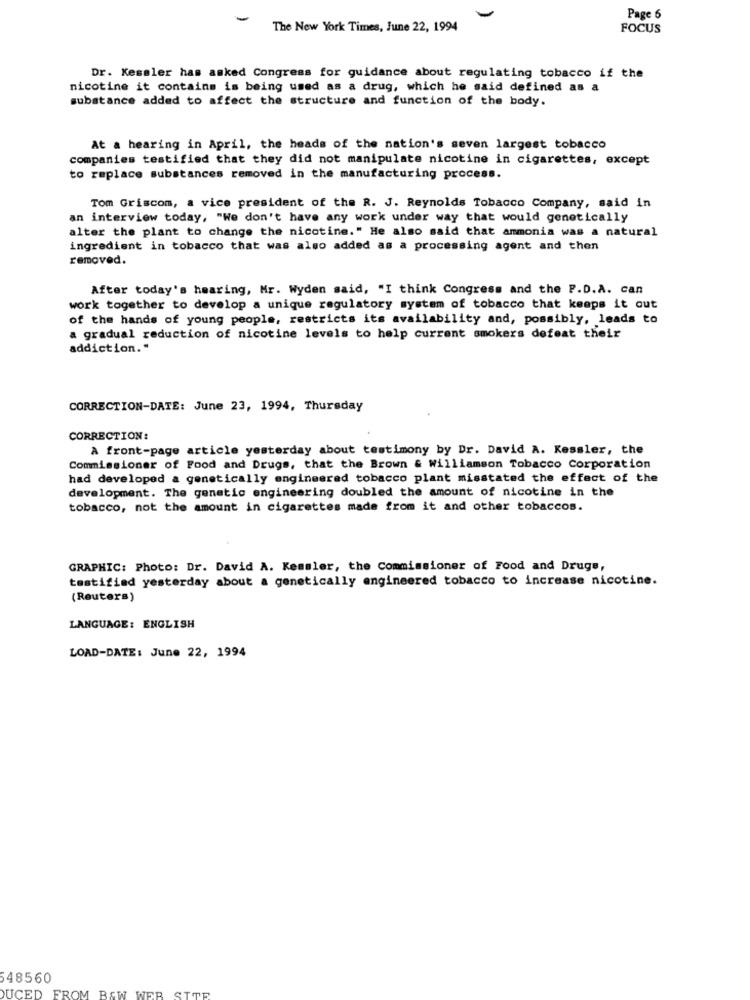
-
Page 6
The New York Times, June 22, 1994
FOCUS
Dr. Kessler has asked Congress for guidance about regulating tobacco if the
nicotine it contains is being used as a drug, which he said defined as a
substance added to affect the structure and function of the body.
At a hearing in April, the heads of the nation's seven largest tobacco
companies testified that they did not manipulate nicotine in cigarettes, except
to replace substances removed in the manufacturing process.
Tom Griscom, a vice president of the R. J. Reynolds Tobacco Company, said in
an interview today, "We don't have any work under way that would genetically
alter the plant to change the nicotine." He also said that ammonia was a natural
ingredient in tobacco that was also added as a processing agent and then
removed.
After today's hearing, Mr. Wyden said, "I think Congress and the P.D.A. can
work together to develop a unique regulatory system of tobacco that keeps it out
of the hands of young people, restricts its availability and, possibly, leads to
a gradual reduction of nicotine levels to help current smokers defeat their
addiction."
CORRECTION-DATE: June 23, 1994, Thursday
CORRECTION:
À front-page article yesterday about testimony by Dr. David A. Kessler, the
Commissioner of Food and Drugs, that the Brown & williamson Tobacco Corporation
had developed a genetically engineered tobacco plant misstated the effect of the
development. The genetic engineering doubled the amount of nicotine in the
tobacco, not the amount in cigarettes made from it and other tobaccos.
GRAPHIC: Photo: Dr. David A. Kessler, the Commissioner of Food and Druge,
testified yesterday about a genetically engineered tobacco to increase nicotine.
(Reuters)
LANGUAGE: ENGLISH
LOAD-DATE: June 22, 1994
48560
DUCED FROM B&W WEB SITE